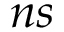
n s